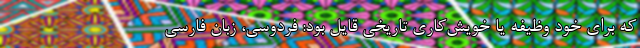
که برای خود وظیفه یا خویش‌کاریِ تاریخی قایل بود: فردوسی، زبان فارسی